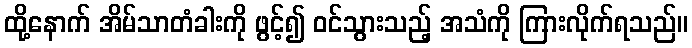
ထို့နောက် အိမ်သာတံခါးကို ဖွင့်၍ ဝင်သွားသည့် အသံကို ကြားလိုက်ရသည်။